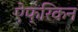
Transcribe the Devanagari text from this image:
ऐफ्रिकन